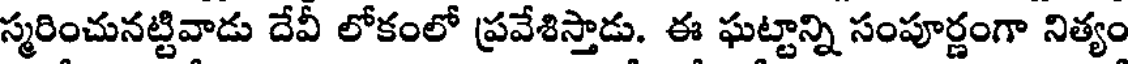
స్మరించునట్టివాడు దేవీ లోకంలో ప్రవేశిస్తాడు. ఈ ఘట్టాన్ని సంపూర్ణంగా నిత్యం